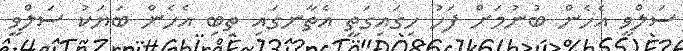
ސަލްވީ އެހެން ބުނުމަށް ފަހު ހިގައިގަތީ އެތާނގައި ތިބި އެހެން ބަޔަކު ސަލްވީ